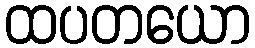
ထပတယော